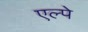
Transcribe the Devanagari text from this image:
एल्पे